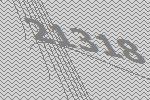
21318